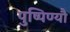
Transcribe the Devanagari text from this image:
पुष्पिण्यौ